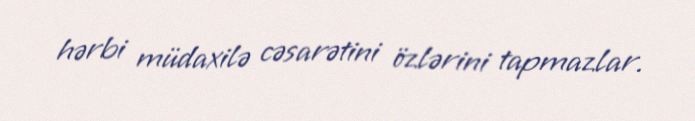
hərbi müdaxilə cəsarətini özlərini tapmazlar.